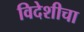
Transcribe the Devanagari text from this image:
विदेशीचा